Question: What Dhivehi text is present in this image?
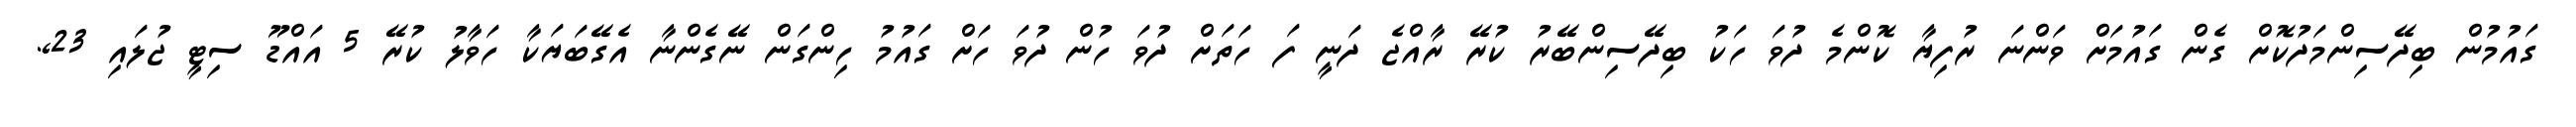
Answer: ގައުމުން ބިދޭސިންމަދުކޮށް ގެން ގައުމަށް ވަންނަ ރުފިޔާ ކޮންމެ ދުވަ ހަކު ބިދޭސިންބޭރު ކުރޭ ރާއްޖެ ދަނީ ފަ ހަތަށް ދުވަ ހުން ދުވަ ހަށް ގައުމު ހިންގަން ނޭގެންނާ އެގޭބަޔަކާ ހަވާލު ކުރޭ 5 އައްޑޫ ސިޓީ ޖުލައި 23,.